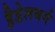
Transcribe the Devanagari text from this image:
हैडेलबर्ग